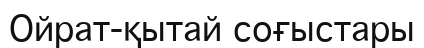
Ойрат-қытай соғыстары